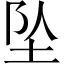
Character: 坠